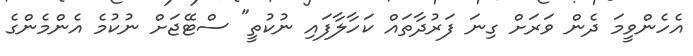
އެހެންވީމަ ދެން ވަރަށް ގިނަ ފަރުދާތައް ކަހާލާފައި ނުކުތީ" ސްޓޭޖަށް ނުކުމެ އެންމެންގެ